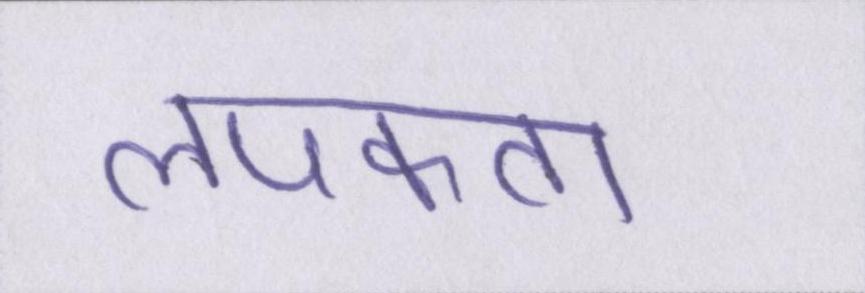
लपकता